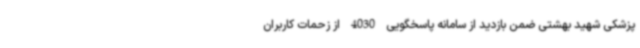
پزشکی شهید بهشتی ضمن بازدید از سامانه پاسخگویی 4030 از زحمات کاربران